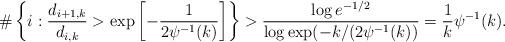
LaTeX: \begin{align*}\#\left\{i:\frac{d_{i+1,k}}{d_{i,k}}>\exp\left[{-\frac{1}{2\psi^{-1}(k)}}\right]\right\}>\frac{\log e^{-1/2}}{\log \exp(-k/(2\psi^{-1}(k))}=\frac{1}{k}\psi^{-1}(k).\end{align*}